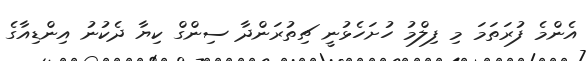
އެންމެ ފުރަތަމަ މި ފިލްމު ހުށަހެޅުނީ ޗިތުރަންދާ ސިންގް ކިޔާ ދެކުނު އިންޑިއާގެ